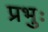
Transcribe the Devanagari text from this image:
प्रभुः